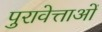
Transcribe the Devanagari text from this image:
पुरावेत्ताओं